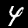
Label: 4